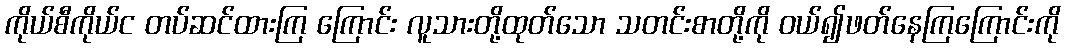
ကိုယ်စီကိုယ်င တပ်ဆင်ထားကြ ကြောင်း လူသားတို့ထုတ်သော သတင်းစာတို့ကို ဝယ်၍ဖတ်နေကြကြောင်းကို